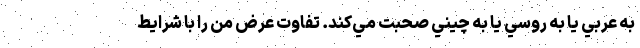
به عربي يا به روسي يا به چيني صحبت مي‌كند. تفاوت عرض من را با شرايط